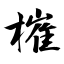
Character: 槯